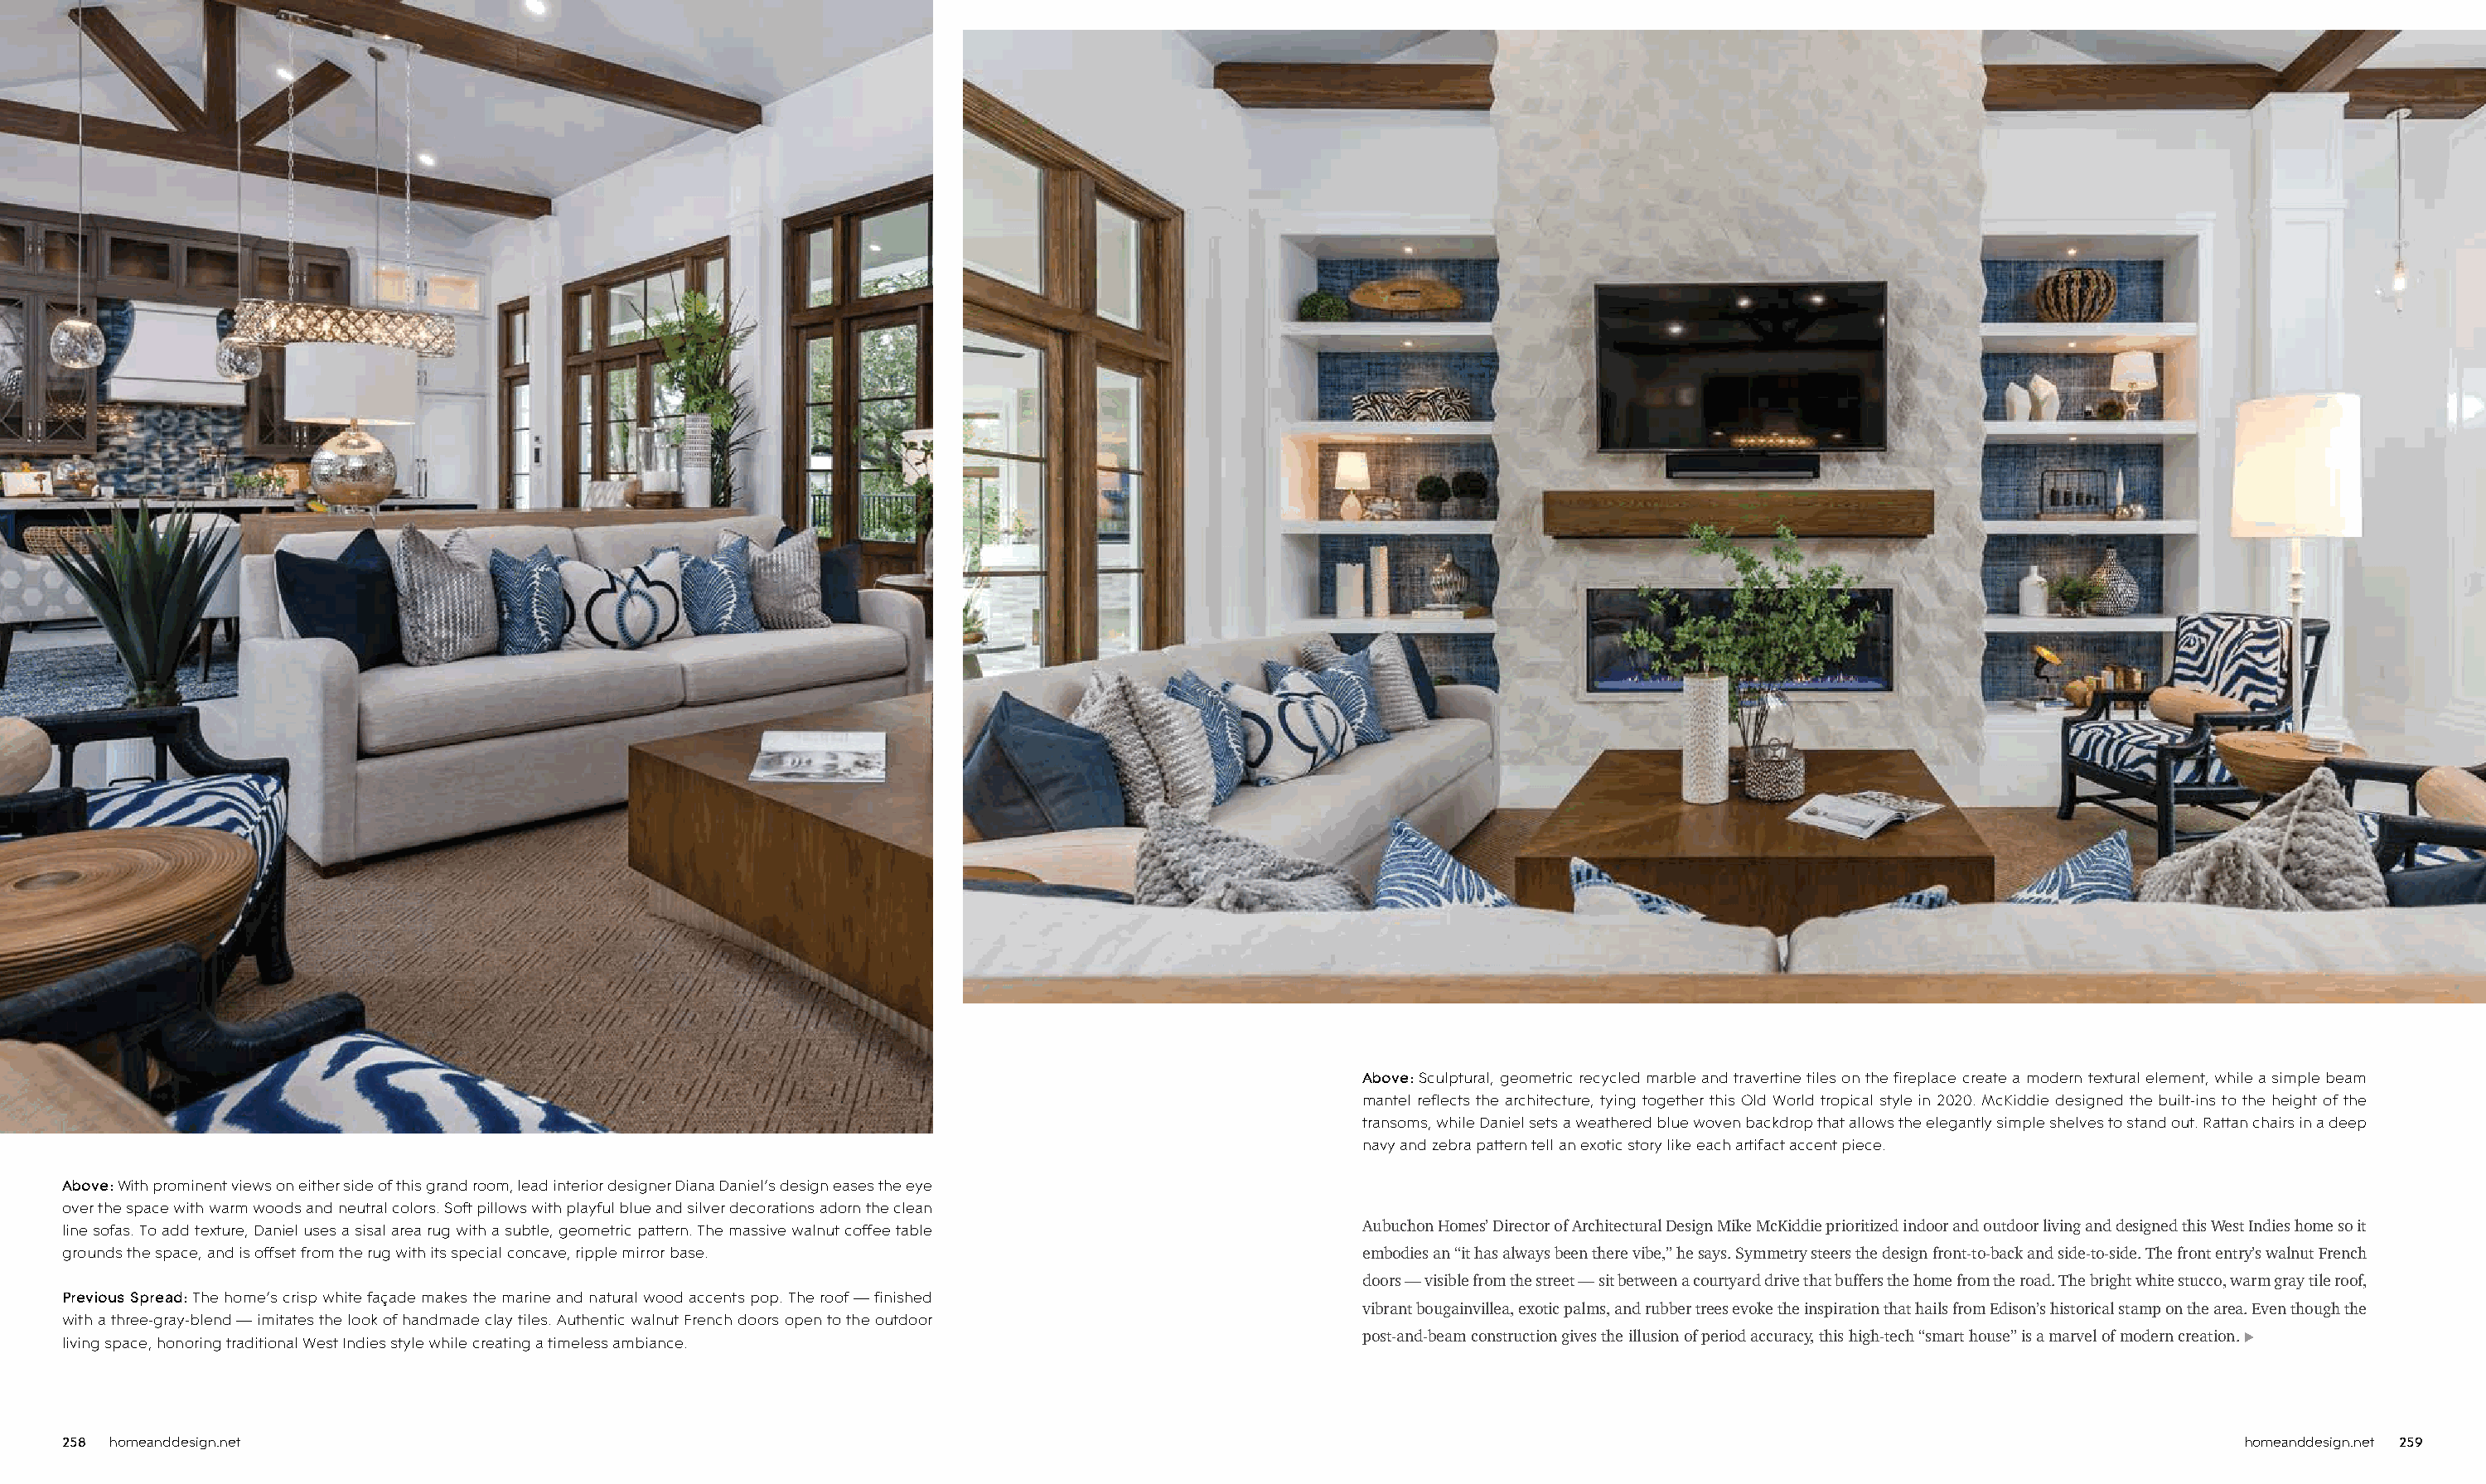
Above: Sculptural, geometric recycled marble and travertine tiles on the fireplace create a modern textural element, while a simple beam
 mantel reflects the architecture, tying together this Old World tropical style in 2020. McKiddie designed the built-ins to the height of the
 transoms, while Daniel sets a weathered blue woven backdrop that allows the elegantly simple shelves to stand out. Rattan chairs in a deep
 navy and zebra pattern tell an exotic story like each artifact accent piece.
 Above: With prominent views on either side of this grand room, lead interior designer Diana Daniel’s design eases the eye
 over the space with warm woods and neutral colors. Soft pillows with playful blue and silver decorations adorn the clean
 line sofas. To add texture, Daniel uses a sisal area rug with a subtle, geometric pattern. The massive walnut coffee table Aubuchon Homes’ Director of Architectural Design Mike McKiddie prioritized indoor and outdoor living and designed this West Indies home so it
 grounds the space, and is offset from the rug with its special concave, ripple mirror base.             embodies an “it has always been there vibe,” he says. Symmetry steers the design front-to-back and side-to-side. The front entry’s walnut French
 doors — visible from the street — sit between a courtyard drive that buffers the home from the road. The bright white stucco, warm gray tile roof,
 Previous Spread: The home’s crisp white façade makes the marine and natural wood accents pop. The roof — finished
 vibrant bougainvillea, exotic palms, and rubber trees evoke the inspiration that hails from Edison’s historical stamp on the area. Even though the
 with a three-gray-blend — imitates the look of handmade clay tiles. Authentic walnut French doors open to the outdoor
 living space, honoring traditional West Indies style while creating a timeless ambiance.                post-and-beam construction gives the illusion of period accuracy, this high-tech “smart house” is a marvel of modern creation. u
 258 homeanddesign.net                                                                                                                                                         homeanddesign.net 259